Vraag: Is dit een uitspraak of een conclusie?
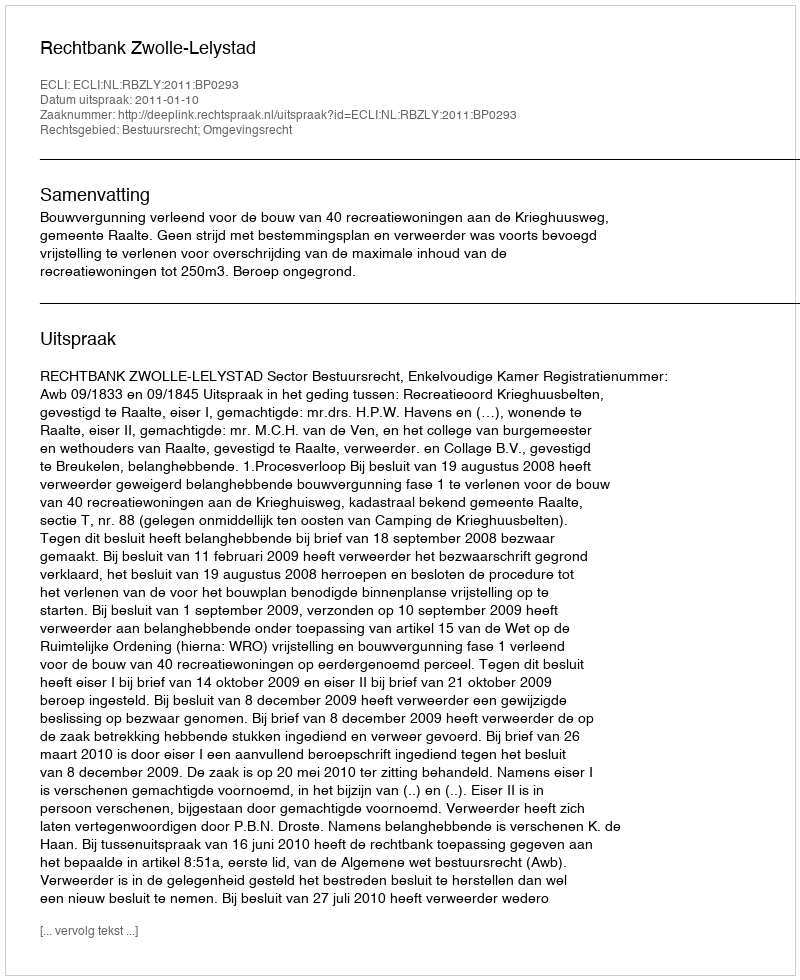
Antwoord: Uitspraak